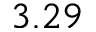
3 . 2 9